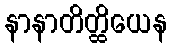
နာနာတိတ္ထိယေန